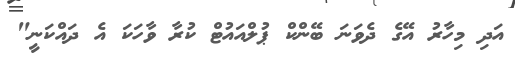
އަދި މިހާރު އޭގެ ދެވަނަ ބޭންކް ޕުލްއައުޓް ކުރާ ވާހަކަ އެ ދައްކަނީ"